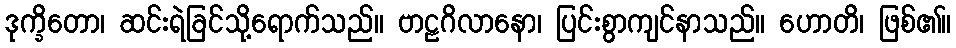
ဒုက္ခိတော၊ ဆင်းရဲခြင်သို့ရောက်သည်။ ဗာဠဂိလာနော၊ ပြင်းစွာကျင်နာသည်။ ဟောတိ၊ ဖြစ်၏။